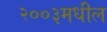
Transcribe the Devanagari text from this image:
२००३मधील